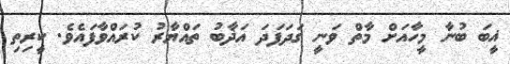
ޣީބަ ބުނާ މީހާއަށް މާތް ވަނީ ގަދަފަދަ އަޛާބު ތައްޔާރު ކުރައްވާފައެވެ. ކީރިތި